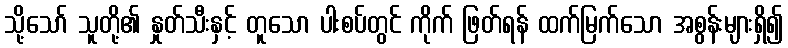
သို့သော် သူတို့၏ နှုတ်သီးနှင့် တူသော ပါးစပ်တွင် ကိုက် ဖြတ်ရန် ထက်မြက်သော အစွန်းများရှိ၍